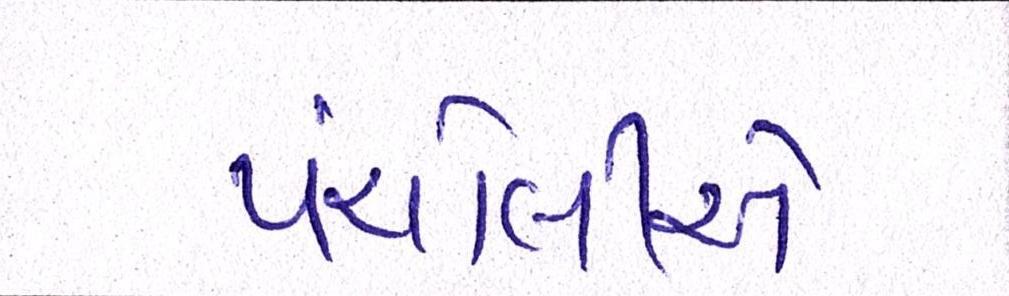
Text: પંચોલીએ